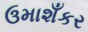
ઉમાશઁકર